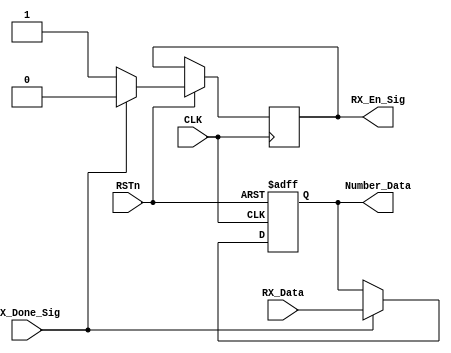
module control_module
(
	CLK,RSTn,
	RX_Done_Sig,
	RX_Data,
	RX_En_Sig,
	Number_Data
);

input CLK;
input RSTn;
input RX_Done_Sig;
input [7:0] RX_Data;
output RX_En_Sig;
output [7:0] Number_Data;

/******************************************/
reg[7:0] rData;
reg isEn;

always@(posedge CLK or negedge RSTn)
if(!RSTn)
	rData <= 8'd0;
else if(RX_Done_Sig)
	begin
		rData <= RX_Data;
		isEn <= 1'b0;
	end
else	
	isEn <= 1'b1;
	
/******************************************/
assign Number_Data = rData;
assign RX_En_Sig = isEn;

/******************************************/

endmodule